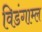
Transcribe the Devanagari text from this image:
विडंगाम्ल